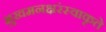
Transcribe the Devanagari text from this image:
मुखमनक्षरंस्वाकृते